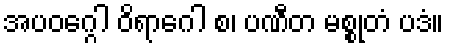
အပဝဂ္ဂေါ ဝိရာဂေါ စ၊ ပဏီတ မစ္စုတံ ပဒံ။